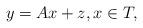
LaTeX: \begin{align*}y = A x + z, x \in T,\end{align*}